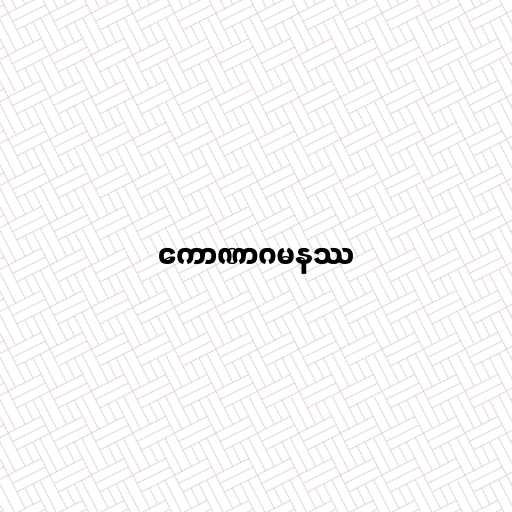
ကောဏာဂမနဿ